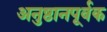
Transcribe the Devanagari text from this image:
अनुष्ठानपूर्वक